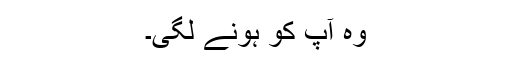
وہ آپؐ کو ہونے لگی۔